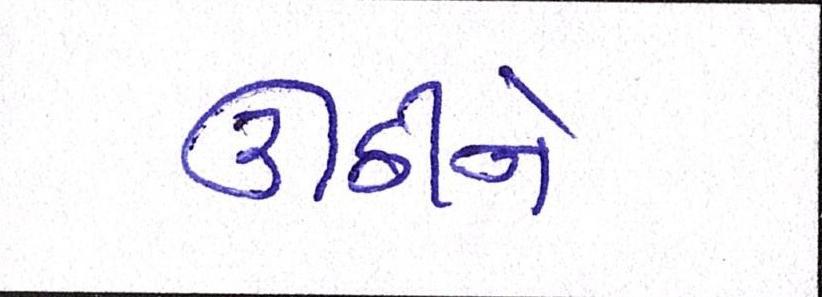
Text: ઊઠીને